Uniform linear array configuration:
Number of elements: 48
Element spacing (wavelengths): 1
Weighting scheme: uniform
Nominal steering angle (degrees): -45
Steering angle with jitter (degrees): -43.753
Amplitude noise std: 0.05
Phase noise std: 0.05

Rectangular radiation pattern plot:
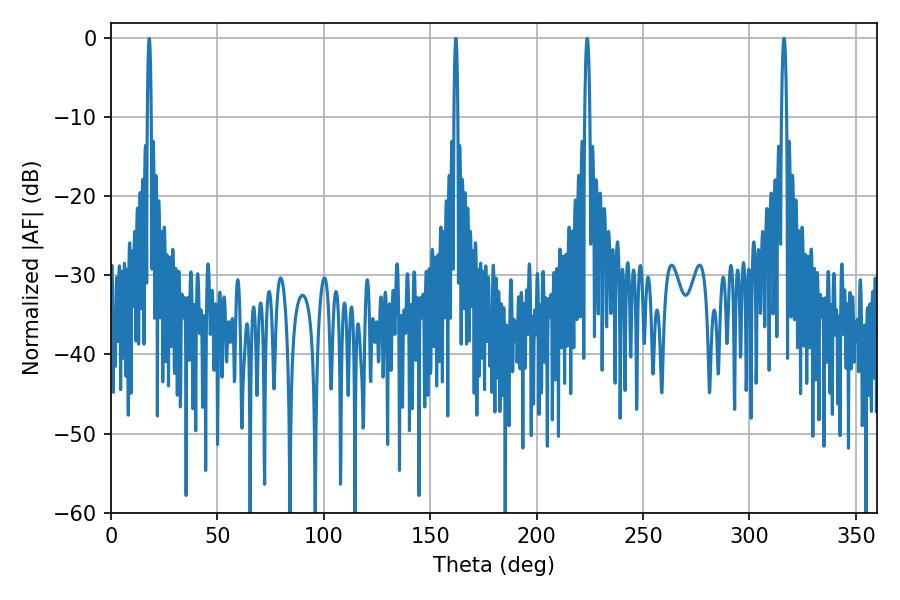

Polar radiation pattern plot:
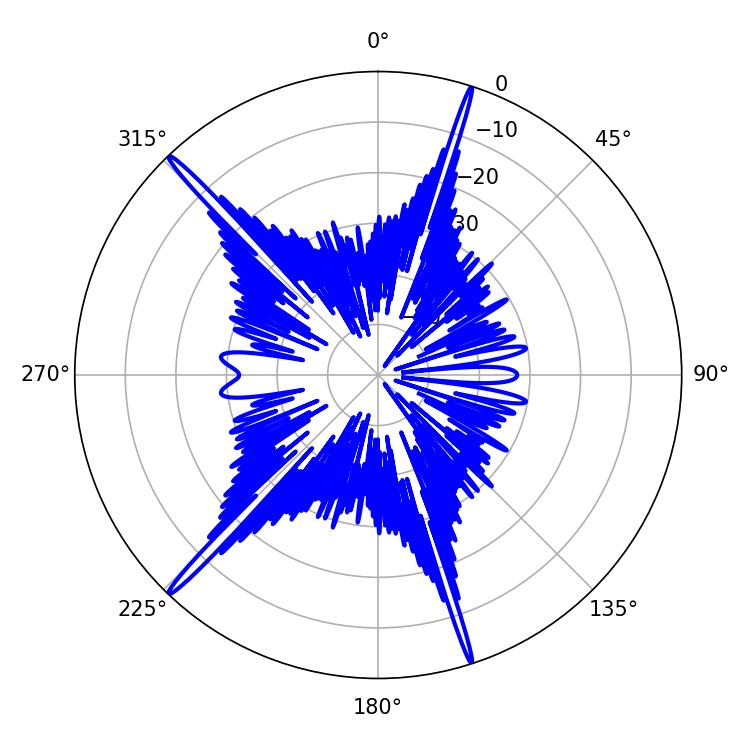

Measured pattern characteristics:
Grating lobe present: TRUE
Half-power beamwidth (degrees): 1.26
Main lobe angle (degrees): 223.74